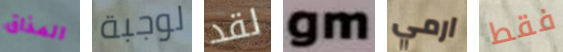
المذاق لوجبة لقد gm ارمي فقط